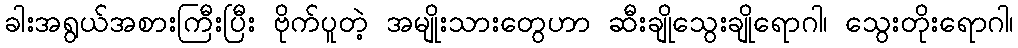
ခါးအရွယ်အစားကြီးပြီး ဗိုက်ပူတဲ့ အမျိုးသားတွေဟာ ဆီးချိုသွေးချိုရောဂါ၊ သွေးတိုးရောဂါ၊